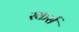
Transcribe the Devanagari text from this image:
स्कर्स